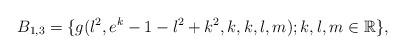
LaTeX: \begin{align*} B_{1,3}=\{g(l^{2},e^{k}-1-l^{2}+k^{2},k,k,l,m); k, l, m \in \mathbb R\}, \end{align*}